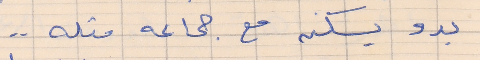
بدو يسكن مع جماعه متله . .